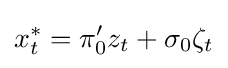
x_{t}^{*}=\pi _{0}'z_{t}+\sigma _{0}\zeta _{t}